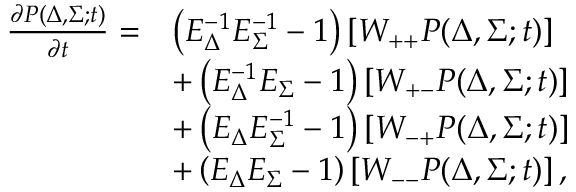
\begin{array} { r l } { \frac { \partial P ( \Delta , \Sigma ; t ) } { \partial t } = } & { \left( E _ { \Delta } ^ { - 1 } E _ { \Sigma } ^ { - 1 } - 1 \right) \left[ W _ { + + } P ( \Delta , \Sigma ; t ) \right] } \\ & { + \left( E _ { \Delta } ^ { - 1 } E _ { \Sigma } - 1 \right) \left[ W _ { + - } P ( \Delta , \Sigma ; t ) \right] } \\ & { + \left( E _ { \Delta } E _ { \Sigma } ^ { - 1 } - 1 \right) \left[ W _ { - + } P ( \Delta , \Sigma ; t ) \right] } \\ & { + \left( E _ { \Delta } E _ { \Sigma } - 1 \right) \left[ W _ { -- } P ( \Delta , \Sigma ; t ) \right] , } \end{array}